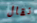
نقال